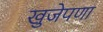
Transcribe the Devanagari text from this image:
खुजेपणा